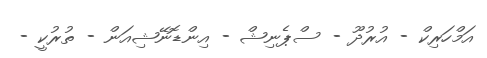
އަމްހަރިކް - އުރުދޫ - ސްޕެނިޝް - އިންޑޮނޭޝިއަން - ތުރުކީ -